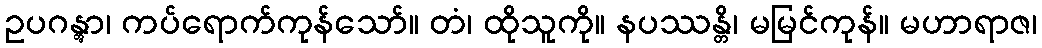
ဥပဂန္တွာ၊ ကပ်ရောက်ကုန်သော်။ တံ၊ ထိုသူကို။ နပဿန္တိ၊ မမြင်ကုန်။ မဟာရာဇ၊